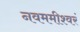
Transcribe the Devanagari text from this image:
नवममीश्वरं